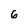
Character: 6